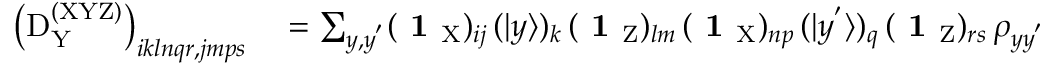
\begin{array} { r l } { \left( \mathrm { D } _ { \mathrm Y } ^ { \mathrm { ( X Y Z ) } } \right) _ { i k l n q r , j m p s } } & { { } = \sum _ { y , y ^ { ' } } ( \textbf { 1 } _ { \mathrm { X } } ) _ { i j } \, ( | y \rangle ) _ { k } \, ( \textbf { 1 } _ { \mathrm { Z } } ) _ { l m } \, ( \textbf { 1 } _ { \mathrm { X } } ) _ { n p } \, ( | y ^ { ' } \rangle ) _ { q } \, ( \textbf { 1 } _ { \mathrm { Z } } ) _ { r s } \, \rho _ { y y ^ { ' } } } \end{array}